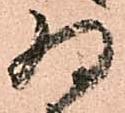
為